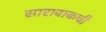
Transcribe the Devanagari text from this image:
सारावाकची